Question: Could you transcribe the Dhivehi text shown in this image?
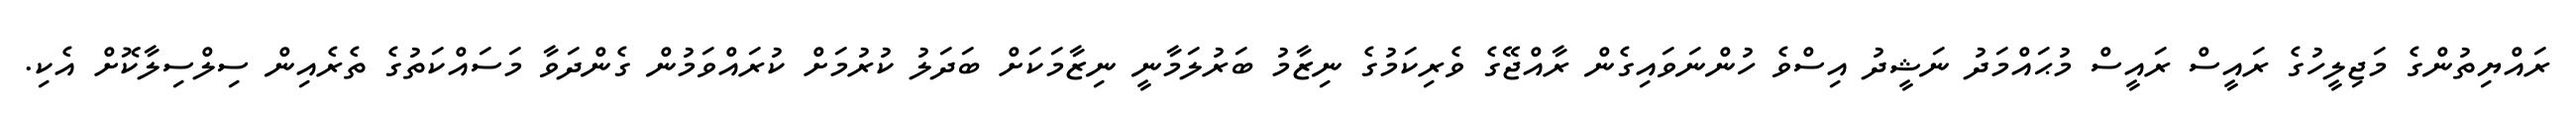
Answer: ރައްޔިތުންގެ މަޖިލީހުގެ ރައީސް ރައީސް މުޙައްމަދު ނަޝީދު އިސްވެ ހުންނަވައިގެން ރާއްޖޭގެ ވެރިކަމުގެ ނިޒާމު ބަރުލަމާނީ ނިޒާމަކަށް ބަދަލު ކުރުމަށް ކުރައްވަމުން ގެންދަވާ މަސައްކަތުގެ ތެރެއިން ސިލްސިލާކޮށް އެކި.